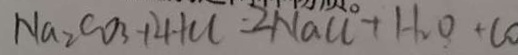
N a _ { 2 } C O _ { 3 } + 2 H C l = 2 N a C l + H _ { 2 } O + C O